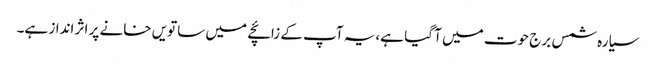
سیارہ شمس برج حوت میں آ گیا ہے،یہ آپ کے زائچے میں ساتویں خانے پر اثر انداز ہے۔